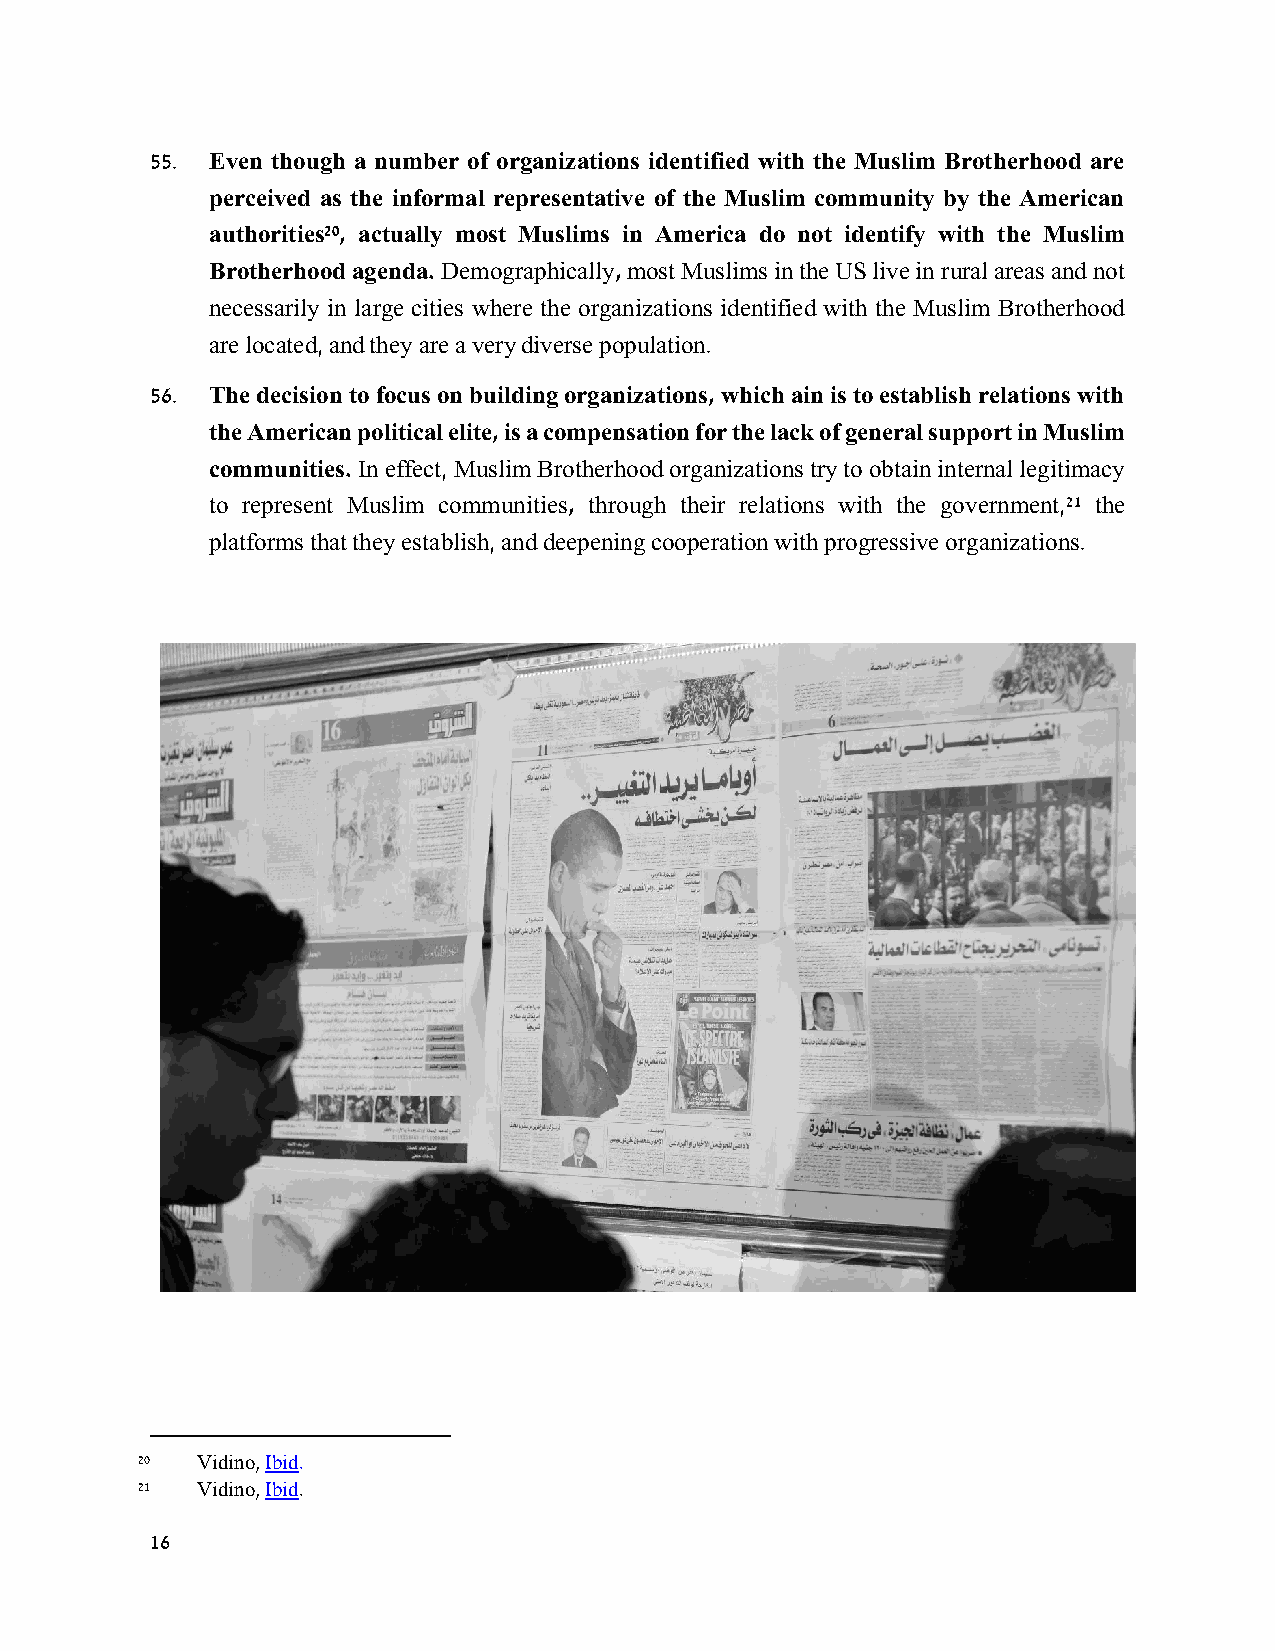
55. Even though a number of organizations identified with the Muslim Brotherhood are
 perceived as the informal representative of the Muslim community by the American
 authorities20, actually most Muslims in America do not identify with the Muslim
 Brotherhood agenda. Demographically, most Muslims in the US live in rural areas and not
 necessarily in large cities where the organizations identified with the Muslim Brotherhood
 are located, and they are a very diverse population.
 56. The decision to focus on building organizations, which ain is to establish relations with
 the American political elite, is a compensation for the lack of general support in Muslim
 communities. In effect, Muslim Brotherhood organizations try to obtain internal legitimacy
 to represent Muslim communities, through their relations with the government,21 the
 platforms that they establish, and deepening cooperation with progressive organizations.
 20  Vidino, Ibid.
 21  Vidino, Ibid.
 16